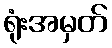
ရုံးအမှတ်